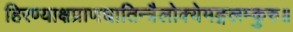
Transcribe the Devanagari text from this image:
हिरण्याक्षप्राणघातिन्त्रैलोक्येमङ्गलम्कुरु॥